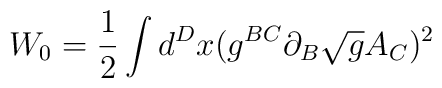
W_{0}=\frac{1}{2}\int d^{D}x(g^{BC}\partial_{B}\sqrt{g}A_{C})^{2}